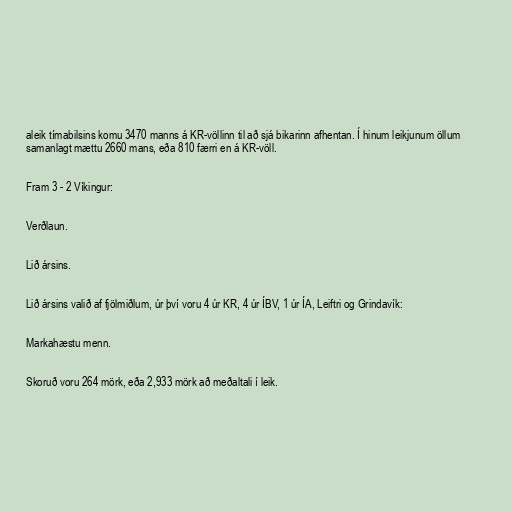
aleik tímabilsins komu 3470 manns á KR-völlinn til að sjá bikarinn afhentan. Í hinum leikjunum öllum
samanlagt mættu 2660 mans, eða 810 færri en á KR-völl.

Fram 3 - 2 Víkingur:

Verðlaun.

Lið ársins.

Lið ársins valið af fjölmiðlum, úr því voru 4 úr KR, 4 úr ÍBV, 1 úr ÍA, Leiftri og Grindavík:

Markahæstu menn.

Skoruð voru 264 mörk, eða 2,933 mörk að meðaltali í leik.